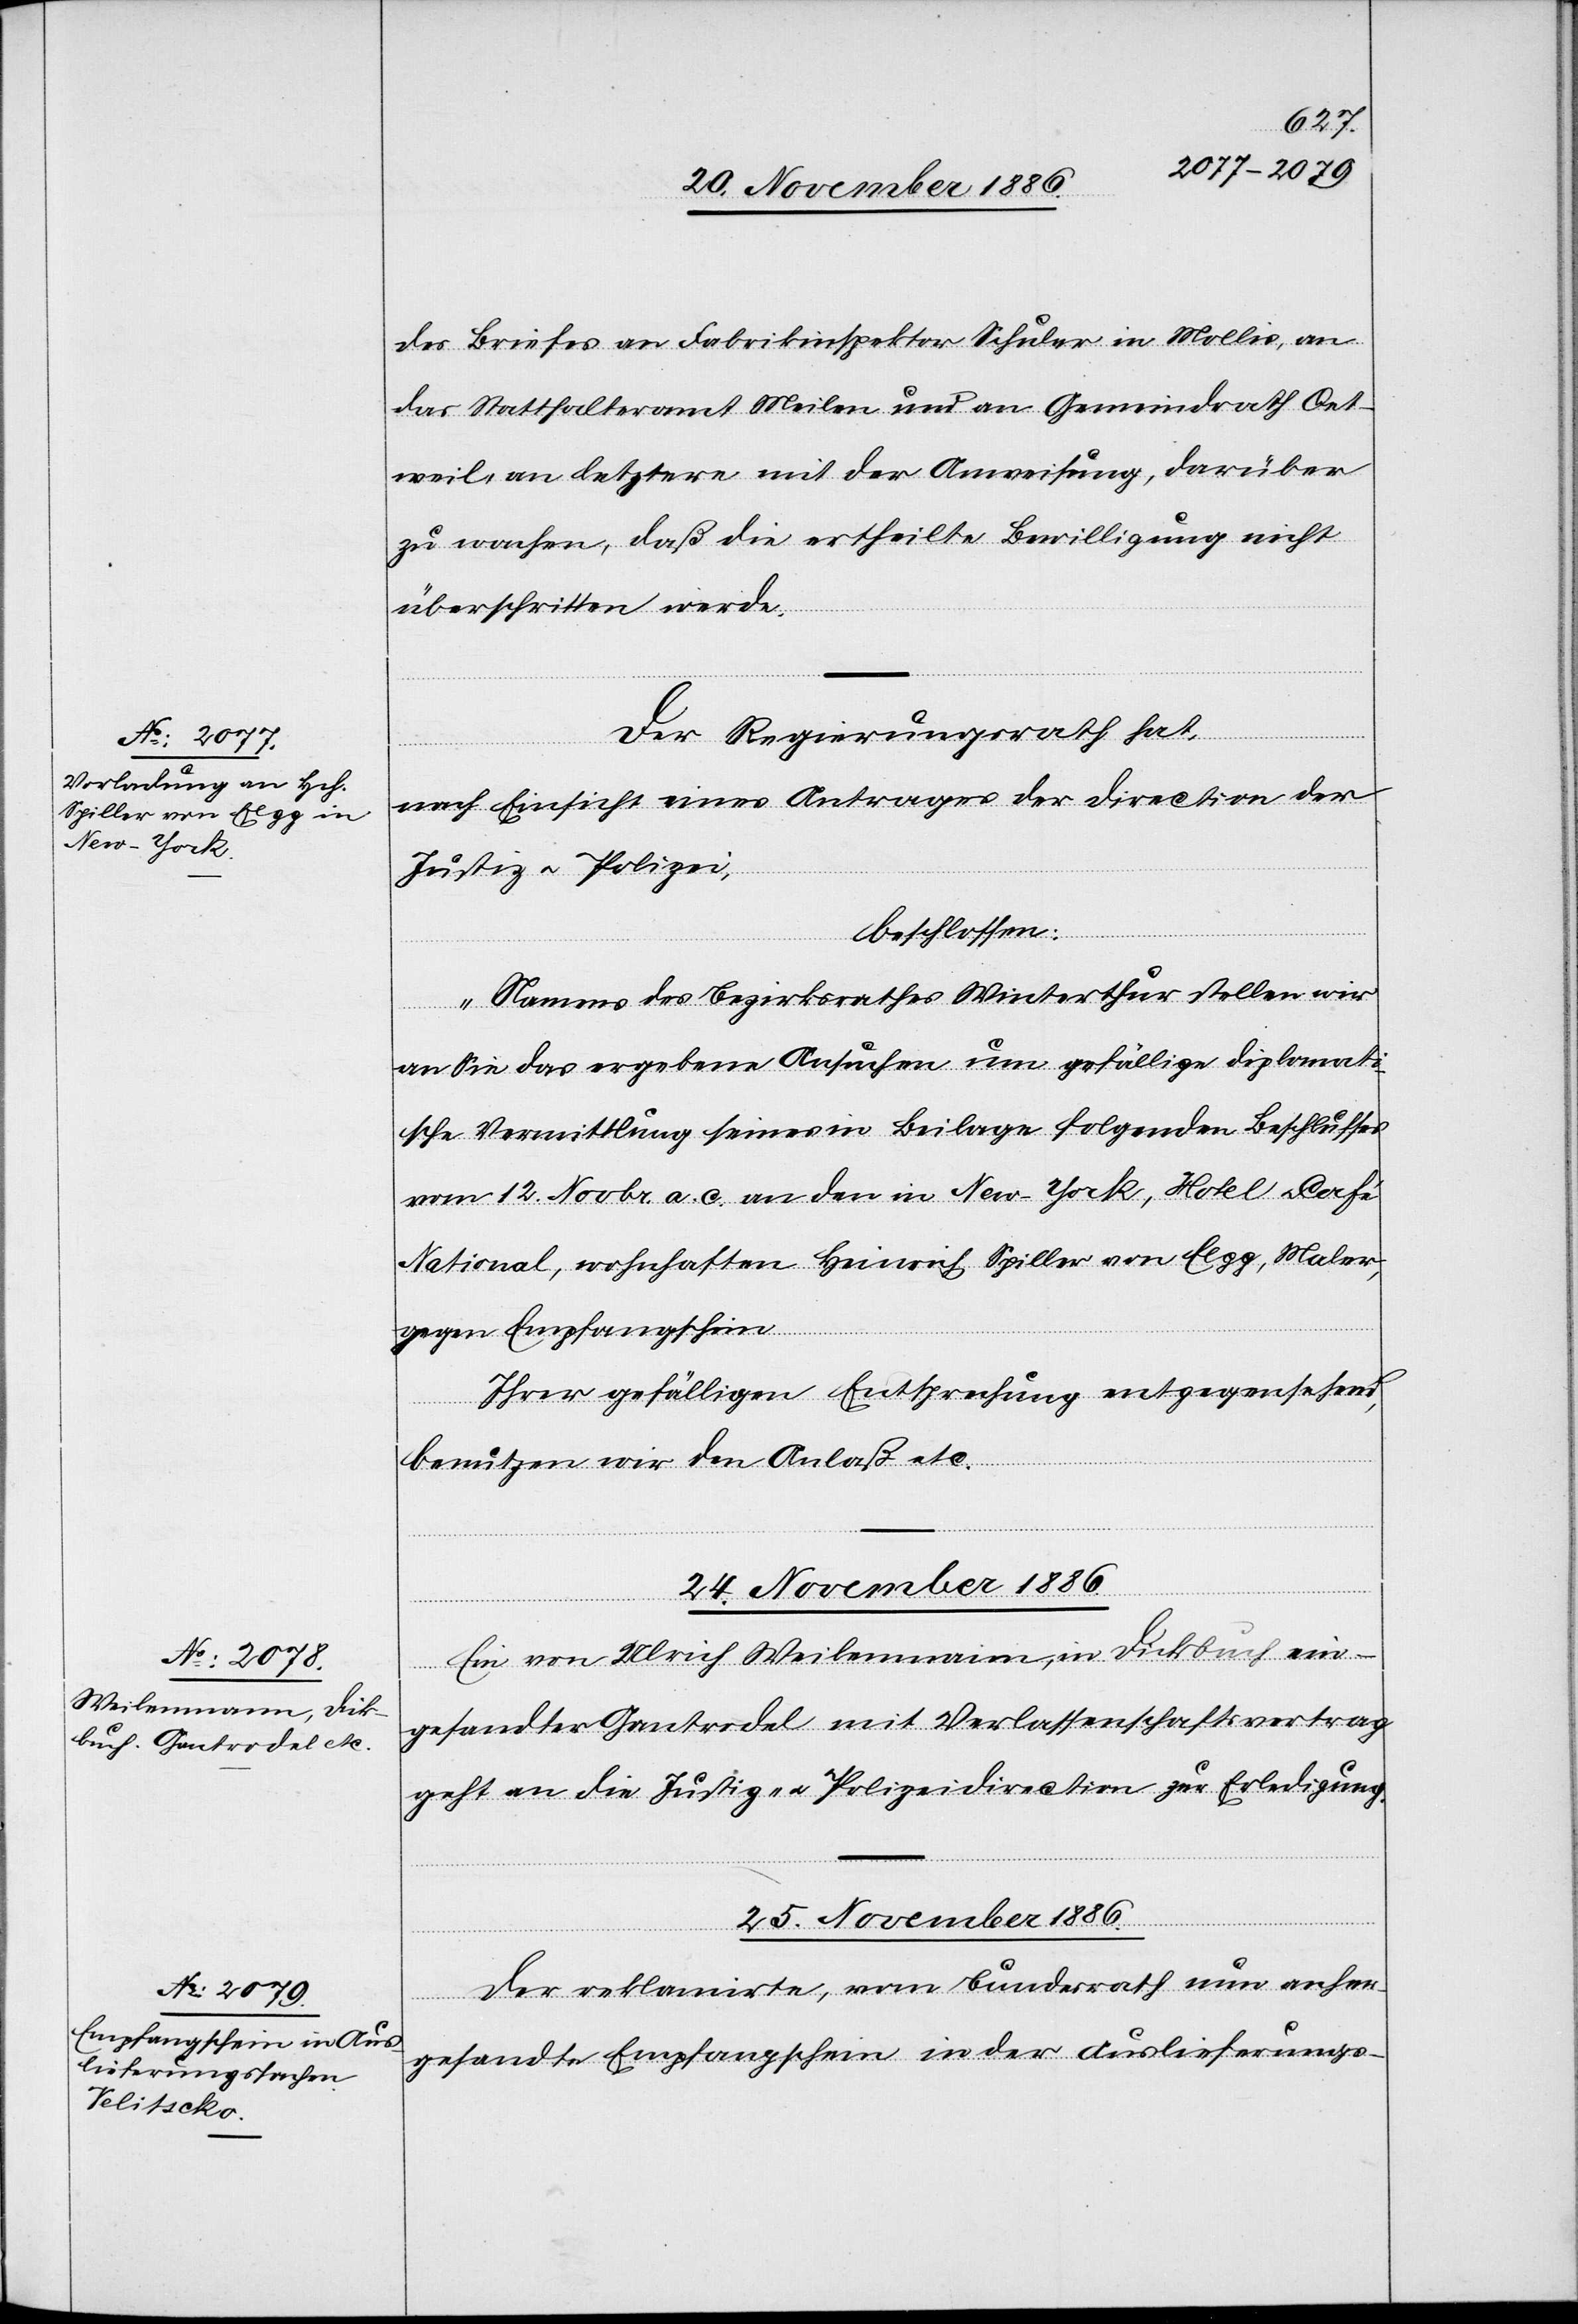
des Briefes an Fabrikinspektor Schuler in Mollis, an
das Statthalteramt Meilen und an Gemeindrath Oet¬
weil, an letztere mit der Anweisung, darüber
zu wachsen, daß die ertheilte Bewilligung nicht
überschritten werde.
Der Regierungsrath hat,
nach Einsicht eines Antrages der Direction der
Justiz & Polizei,
beschlossen:
„Namens des Bezirksrathes Winterthur stellen wir
an Sie das ergebene Ansuchen um gefällige diplomati¬
sche Vermittlung seines in Beilage folgenden Beschlusses
vom 12. Novbr. a. c. an den in New-York, Hotel & Café
National, wohnhaften Heinrich Spiller von Elgg, Maler,
gegen Empfangschein.
Ihrer gefälligen Entsprechung entgegensehend,
benutzen wir den Anlaß etc.“
24. November 1886.
Ein von Ulrich Weilenmann, in Dickbuch ein¬
gesandter Gantrodel mit Verlassenschaftsvertrag
geht an die Justiz- & Polizeidirection zur Erledigung.
25. November 1886.
Der reklamirte, vom Bundesrath nun anher¬
gesandte Empfangschein in der Auslieferungs-